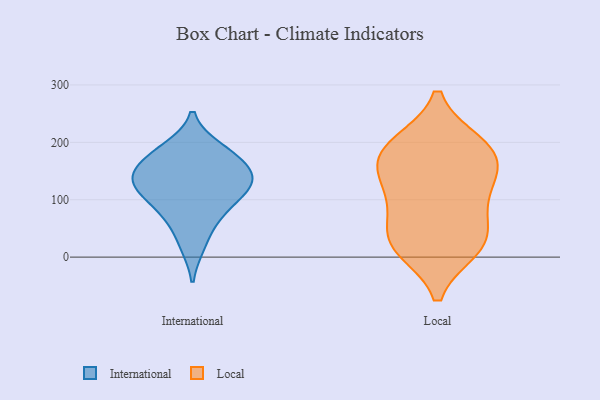
{"axis": {"x": "Bounce Rate (%)", "y": "Value"}, "legend": ["International", "Local"], "data": [{"x": "", "y": 148, "type": "International"}, {"x": "", "y": 79, "type": "International"}, {"x": "", "y": 131, "type": "International"}, {"x": "", "y": 124, "type": "International"}, {"x": "", "y": 76, "type": "International"}, {"x": "", "y": 128, "type": "International"}, {"x": "", "y": 188, "type": "International"}, {"x": "", "y": 168, "type": "International"}, {"x": "", "y": 179, "type": "International"}, {"x": "", "y": 122, "type": "International"}, {"x": "", "y": 22, "type": "International"}, {"x": "", "y": 134, "type": "Local"}, {"x": "", "y": 96, "type": "Local"}, {"x": "", "y": 155, "type": "Local"}, {"x": "", "y": 162, "type": "Local"}, {"x": "", "y": 197, "type": "Local"}, {"x": "", "y": 32, "type": "Local"}, {"x": "", "y": 192, "type": "Local"}, {"x": "", "y": 22, "type": "Local"}, {"x": "", "y": 16, "type": "Local"}, {"x": "", "y": 30, "type": "Local"}, {"x": "", "y": 94, "type": "Local"}, {"x": "", "y": 189, "type": "Local"}]}